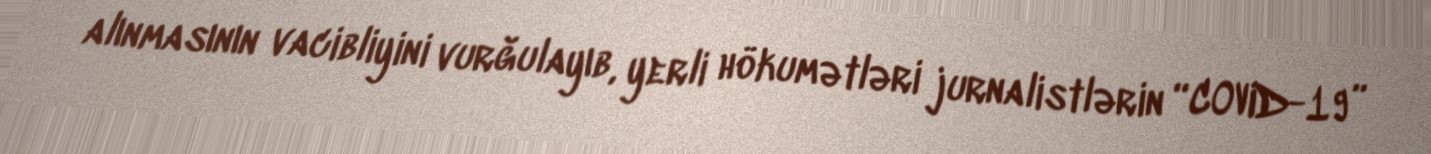
alınmasının vacibliyini vurğulayıb, yerli hökumətləri jurnalistlərin “COVID-19”